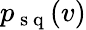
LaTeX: p_{\mathrm{~s~q~}}(v)